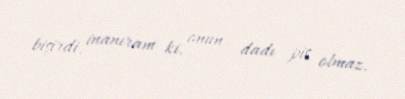
bişirdi, inanıram ki, onun dadı pis olmaz.